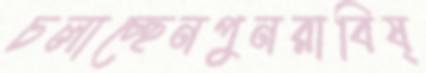
চলাচ্ছেনপুনরাবিষ্